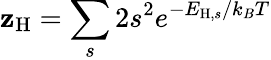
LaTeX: \mathbf{z}_{\mathrm{{H}}}=\sum_{s}2s^{2}e^{-E_{\mathrm{{H}},s}/k_{B}T}